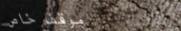
موقف خاص